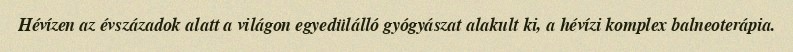
Hévízen az évszázadok alatt a világon egyedülálló gyógyászat alakult ki, a hévízi komplex balneoterápia.